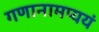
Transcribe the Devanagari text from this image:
गणानामप्ययं